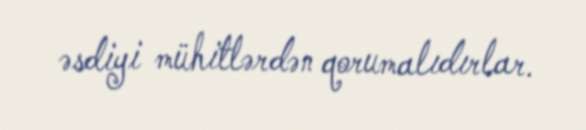
əsdiyi mühitlərdən qorumalıdırlar.